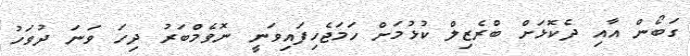
ގަބޯން އާއި ދެކޮޅަށް ބްރެޒިލް ކުޅުމަށް ހަމަޖެހިފައިވަނީ ނޮވެމްބަރު ދިހަ ވަނަ ދުވަހު